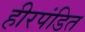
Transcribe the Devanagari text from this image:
हीरपंडित